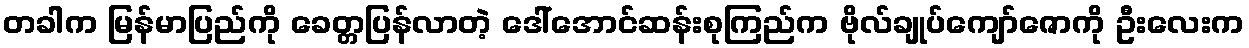
တခါက မြန်မာပြည်ကို ခေတ္တပြန်လာတဲ့ ဒေါ်အောင်ဆန်းစုကြည်က ဗိုလ်ချုပ်ကျော်ဇောကို ဦးလေးက